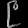
Digit: ၉